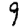
Digit: 9